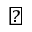
\blacktriangledown